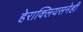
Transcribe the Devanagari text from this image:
हेराक्लियसनेही